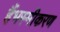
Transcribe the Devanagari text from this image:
हैंभस्मीकरण